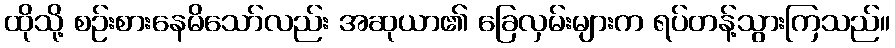
ထိုသို့ စဉ်းစားနေမိသော်လည်း အဆုယာ၏ ခြေလှမ်းများက ရပ်တန့်သွားကြသည်။